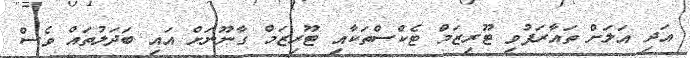
އަދި އަލަށް ތައާރަފުވި ޓޫރިޒަމް ޓެކްސްތަކާއި ޓޫރިޒަމް ގާނޫނަށް އައި ބަދަލުތައް ވެސް